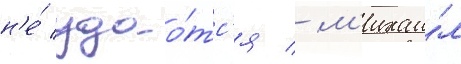
н'е́ удао́тс'я / м'ихаи́л